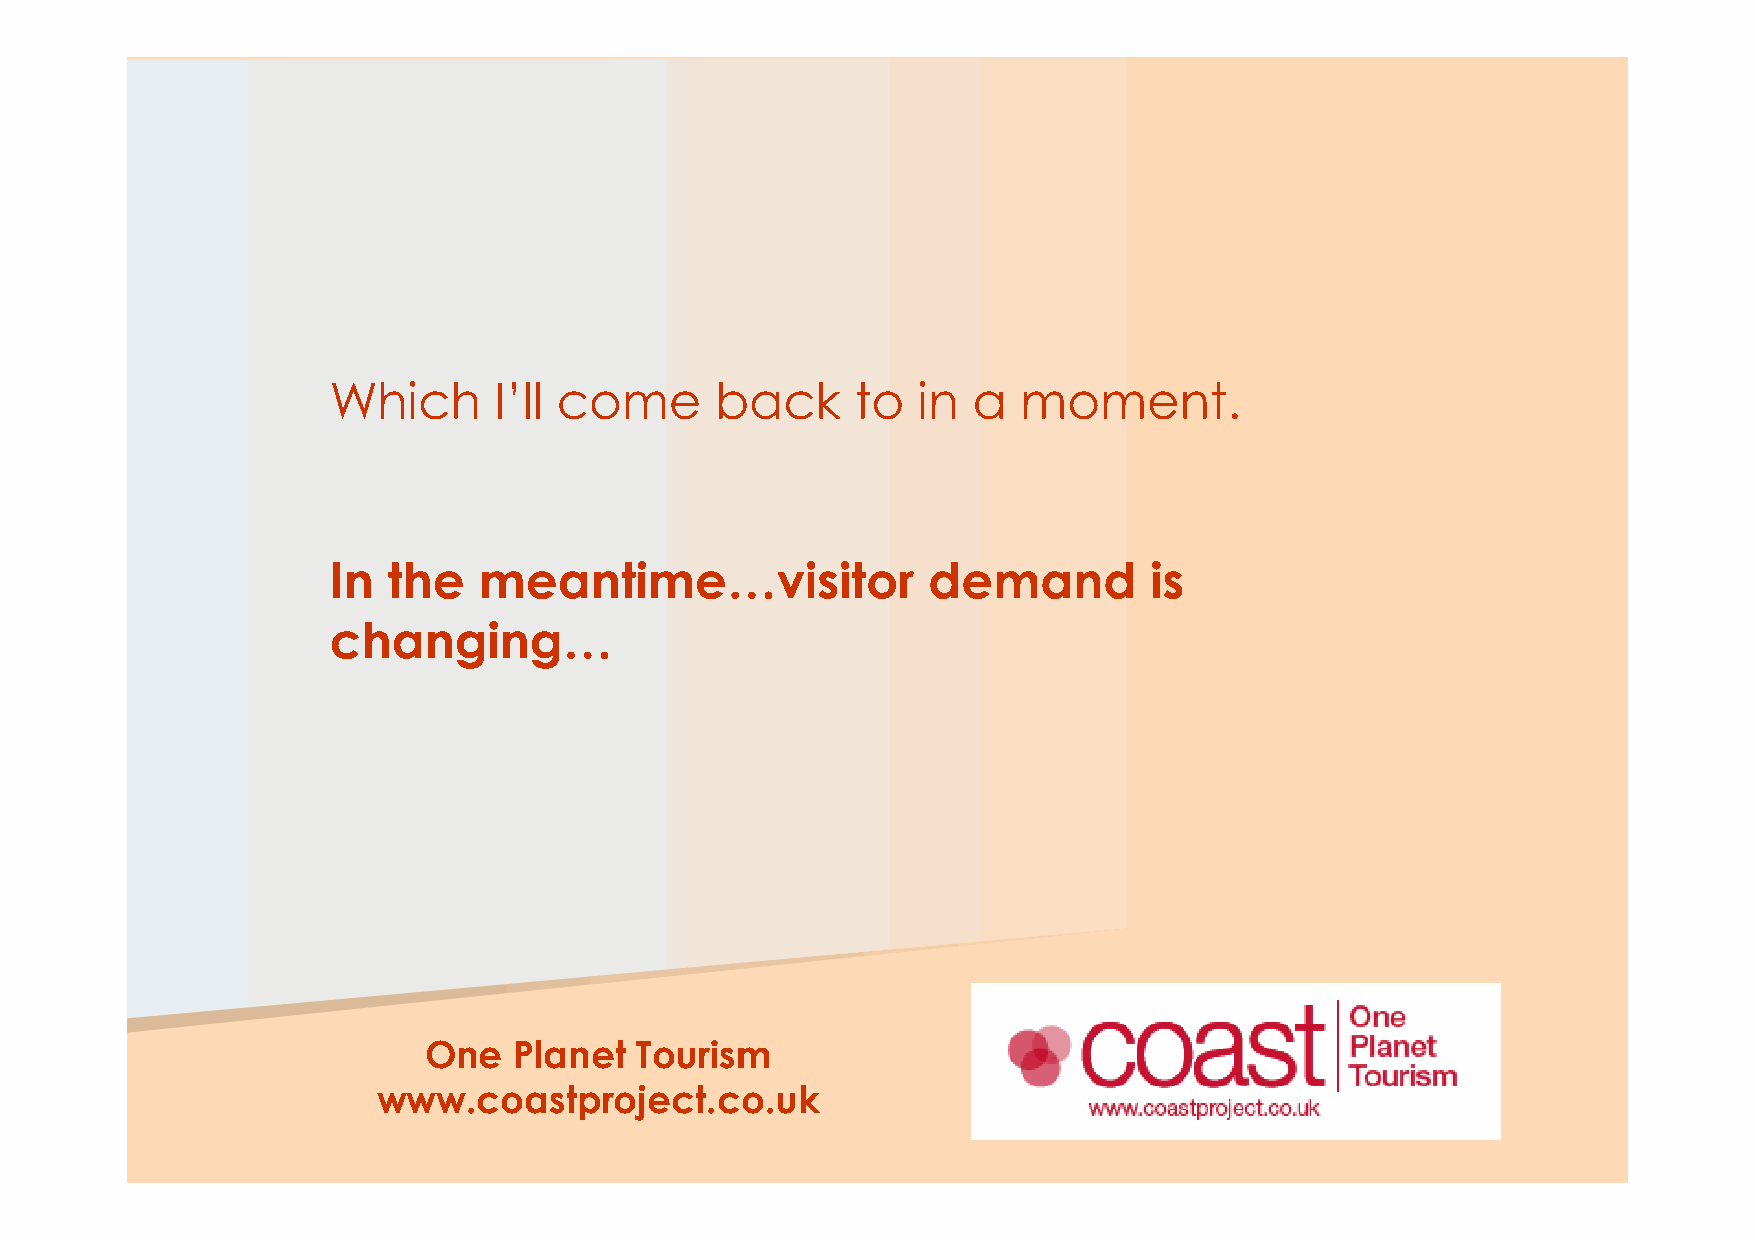
Which      I’ll come     back      to  in a   moment.
 In  the   meantime…visitor             demand         is
 changing…
 OOnnee PPllaanneett TToouurriissmm
 wwwwww..ccooaassttpprroojjeecctt..ccoo..uukk